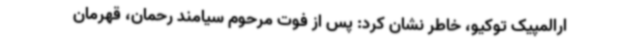
ارالمپیک توکیو، خاطر نشان کرد: پس از فوت مرحوم سیامند رحمان، قهرمان